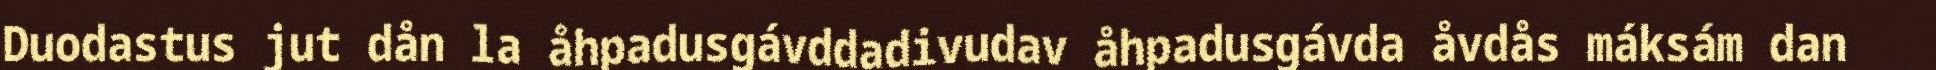
Duodastus jut dån la åhpadusgávddadivudav åhpadusgávda åvdås máksám dan